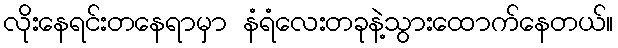
လိုးနေရင်းတနေရာမှာ နံရံလေးတခုနဲ့သွားထောက်နေတယ်။